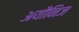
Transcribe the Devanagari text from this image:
अयौनिज